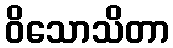
ဝိသောသိတာ